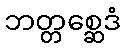
ဘတ္တစ္ဆေဒံ